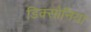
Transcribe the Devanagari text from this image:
डिक्सोनिया